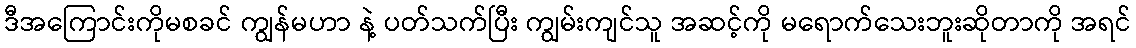
ဒီအကြောင်းကိုမစခင် ကျွန်မဟာ နဲ့ ပတ်သက်ပြီး ကျွမ်းကျင်သူ အဆင့်ကို မရောက်သေးဘူးဆိုတာကို အရင်